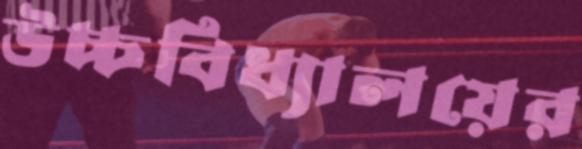
উচ্চবিধ্যালয়ের